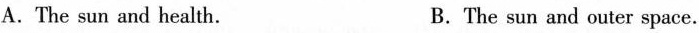
A.The sun and health. B.The sun and outer space.